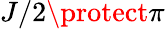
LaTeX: J/2\protect\pi